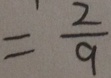
= \frac { 2 } { 9 }